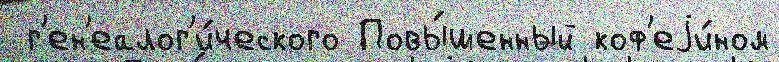
 г'ен'еалог'и́ческого Повы́шенный коф'еjи́ном